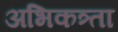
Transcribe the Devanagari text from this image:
अभिकत्र्ता